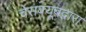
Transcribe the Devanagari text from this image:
चेसक्यूबद्वारा